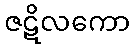
ဇဋိလကော